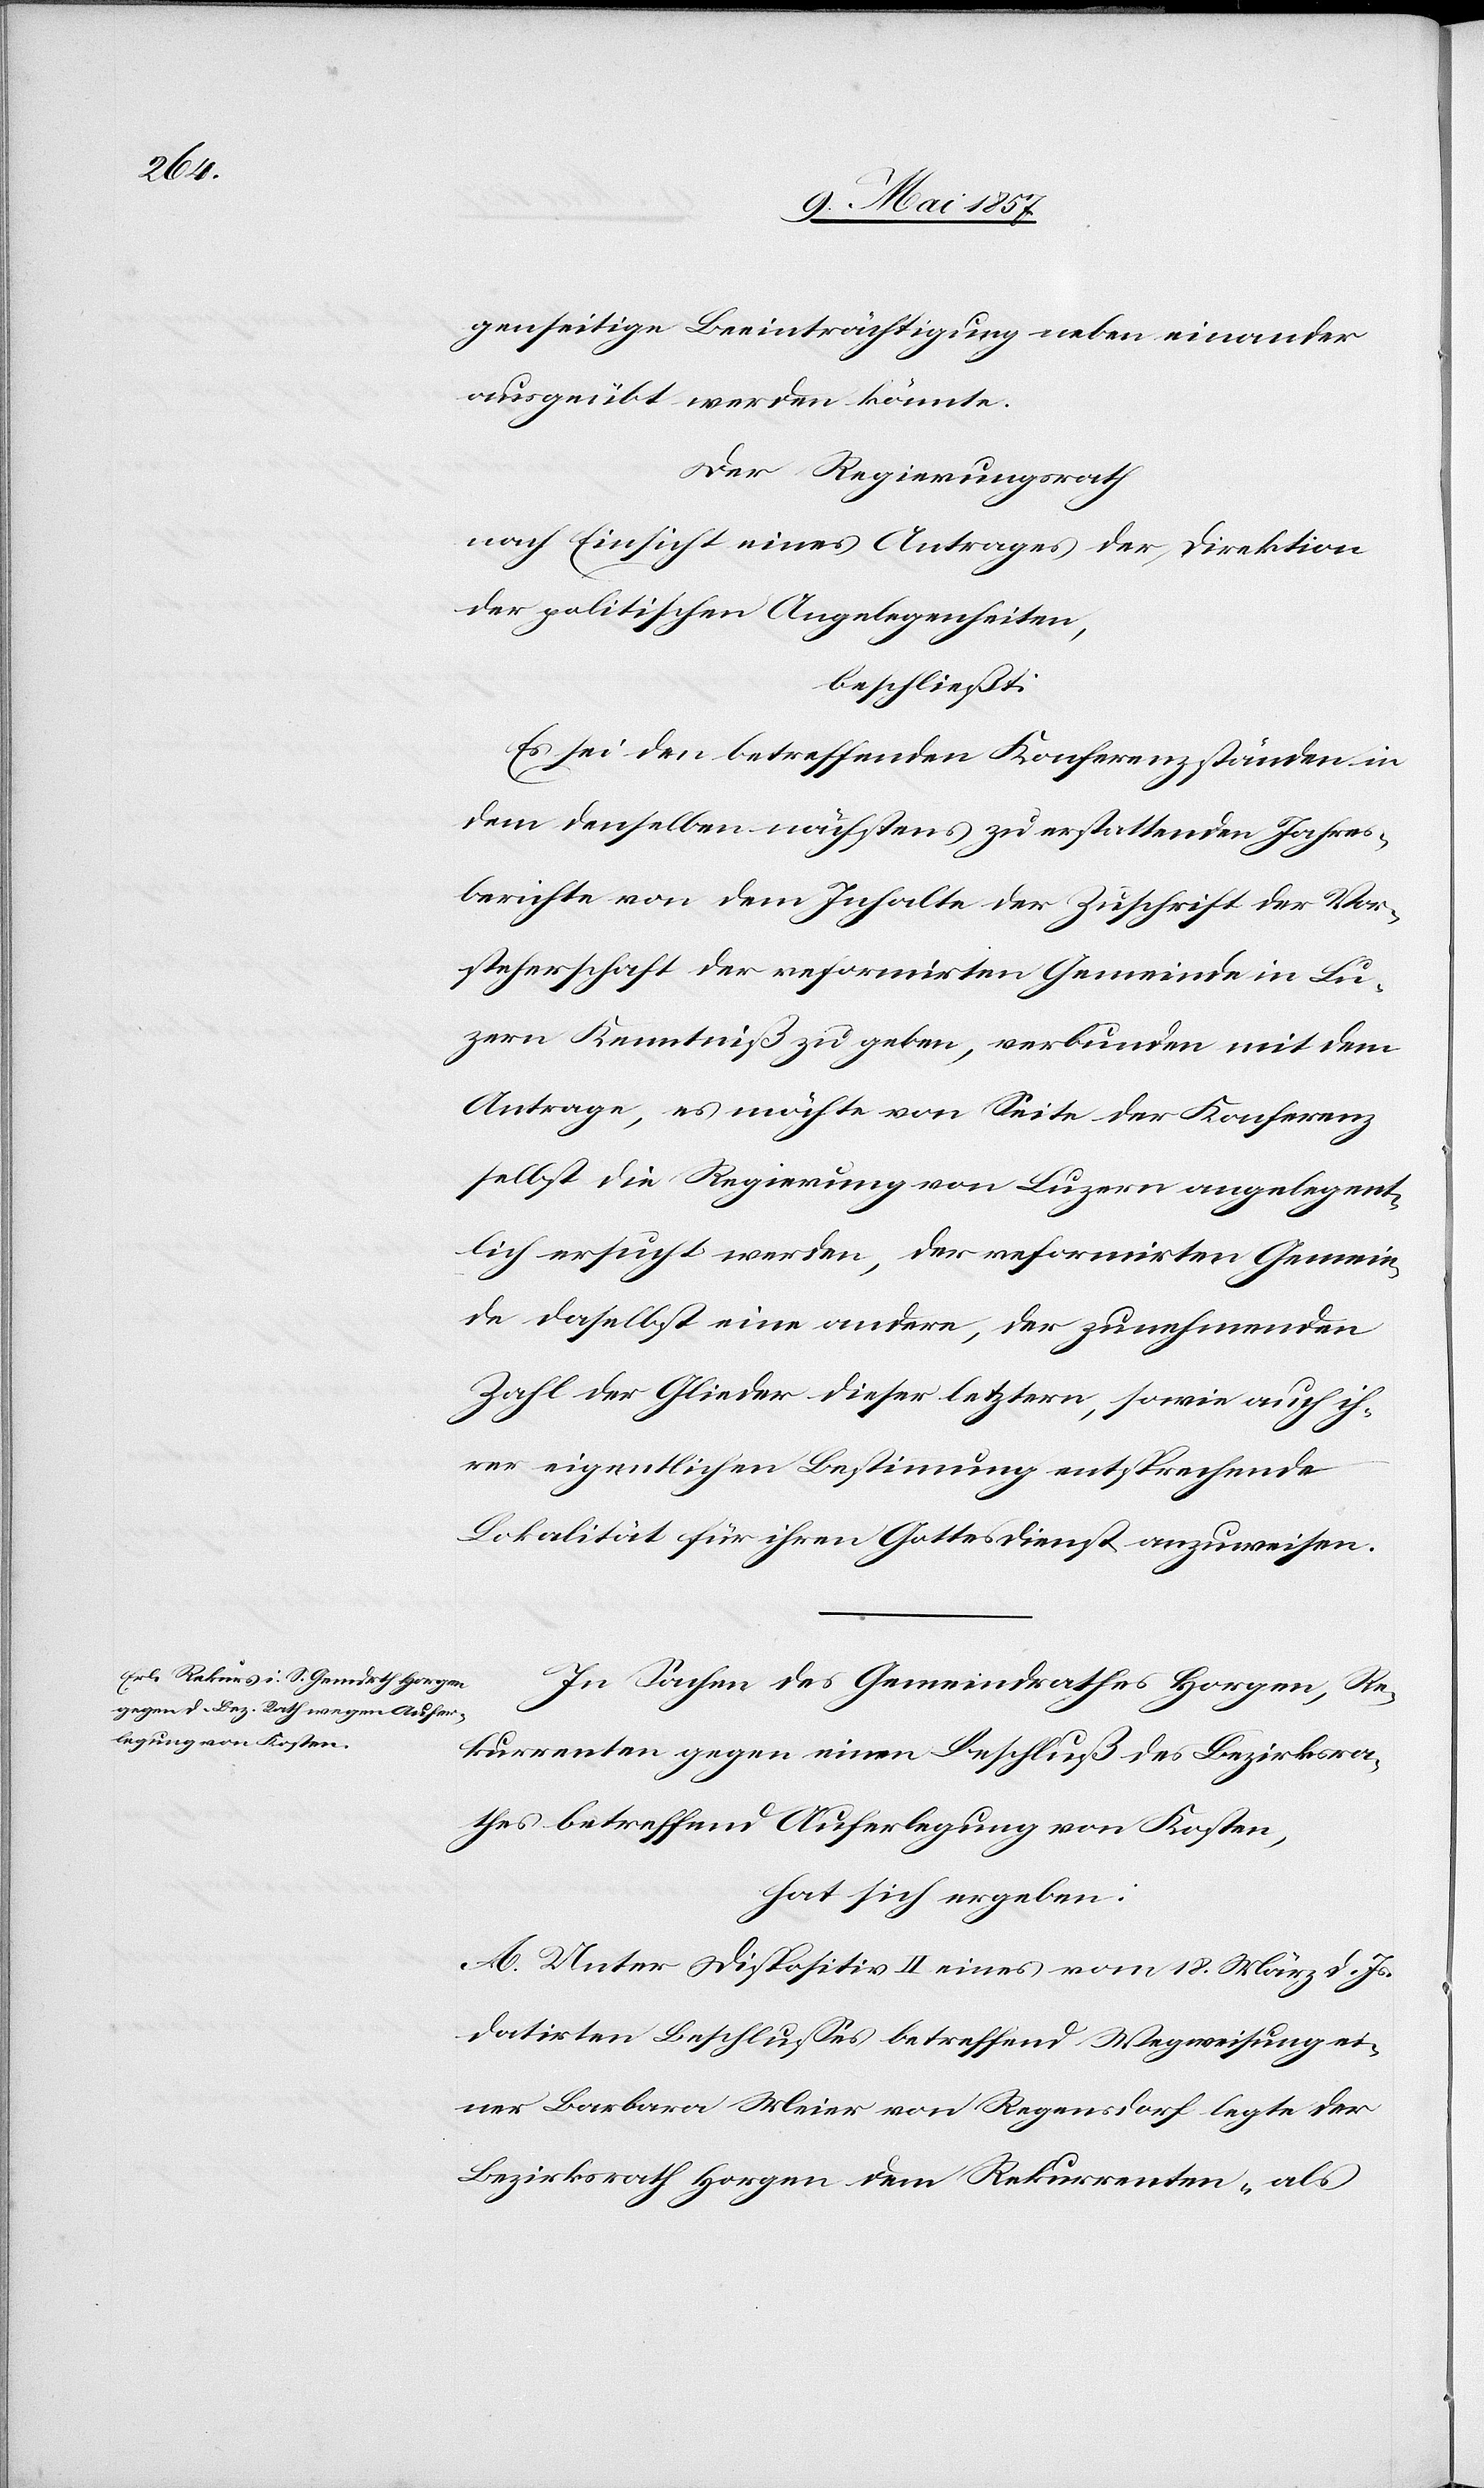
genseitige Beeinträchtigung neben einander
ausgeübt werden könnte.
Der Regierungsrath
nach Einsicht eines Antrages der Direktion
der politischen Angelegenheiten,
beschließt:
Es sei den betreffenden Konferenzständen in
dem denselben nächstens zu erstellenden Jahres¬
berichte von dem Inhalte der Zuschrift der Vor¬
steherschaft der reformirten Gemeinde in Lu¬
zern Kenntniß zu geben, verbunden mit dem
Antrage, es möchte von Seite der Konferenz
selbst die Regierung von Luzern angelegent¬
lich ersucht werden, der reformirten Gemein¬
de daselbst eine andere, der zunehmenden
Zahl der Glieder dieser letztern, sowie auch ih¬
rer eigentlichen Bestimmung entsprechende
Lokalität für ihren Gottesdienst anzuweisen.
In Sachen des Gemeindrathes Horgen, Re¬
kurrenten gegen einen Beschluß des Bezirksra¬
thes betreffend Auferlegung von Kosten,
hat sich ergeben:
A. Unter Dispositiv II eines vom 18 März d. Js.
datirten Beschlusses betreffend Wegweisung ei¬
ner Barbara Meier von Regensdorf legte der
Bezirksrath Horgen dem Rekurrenten „als